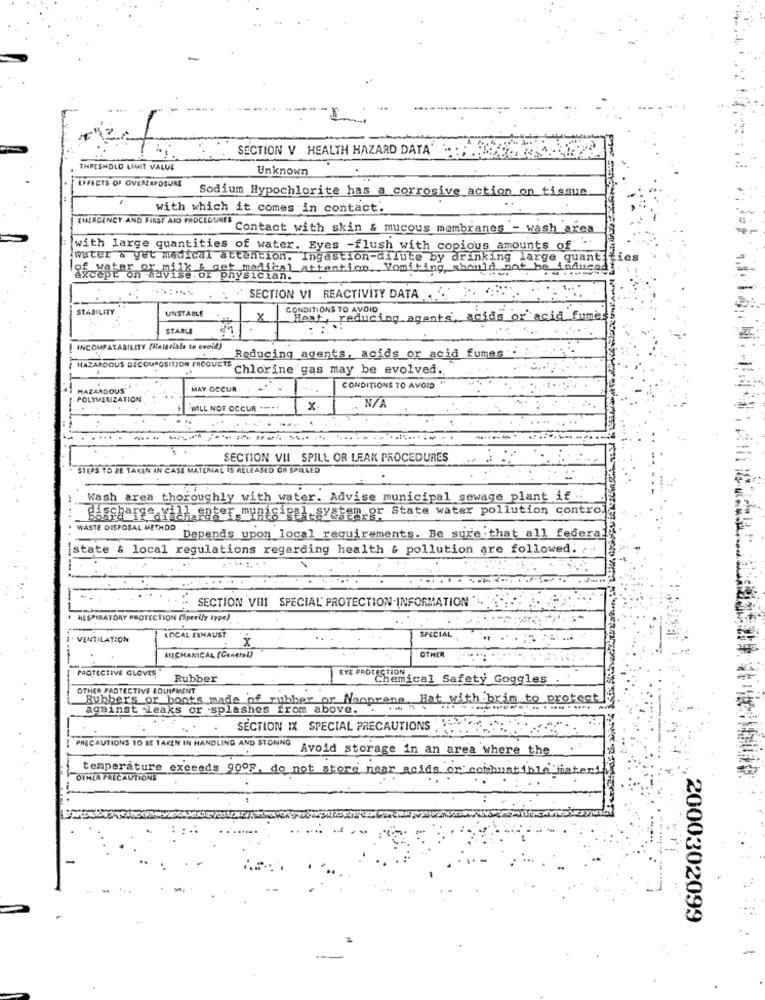
. ..
SECTION V HEALTH HAZARD DATA'
THRESHOLD LIMIT VALUE
Unknown
EFFECTS OF OVEALAPOSURE
Sodium Hypochlorite has a corrosive action on tissue
..
with which it comes in contact.
IULAGENCY AND FIRST AID MOCLOURES
" Contact with skin & mucous membranes - wash area
with large quantities of water. Eyes -flush with copious amounts of"
water & get medical attention. Ingestion-dilute by drinking large quant:
of water or milk & get medical attention. Vomiting, should not he
except on advise. or physician.
SECTION VI REACTIVITY DATA .. ... .
STABIL
CONDITIONS TO AVOID
UNSTABLE
8
Heat, reducing agents, acids or acid fume
STABLE
INCOMPATABILITY (Hararials to eveld)
HAZARDOUS DECOMPOSITION PRODUCTS
Reducing agents, acids or acid fumes
.
Chlorine gas may be evolved ..
HAZARDOUS
MAY OCCUR
CONDITIONS TO AVOID
POLYMERIZATION
WILL NOT OCCUR *-***
x
SECTION VII SPILL OR LEAK PROCEDURES
STEPS TO BE TAKEN IN CASE MATERIAL IS RELEASED OR SPILLED
Wash area thoroughly with water. Advise municipal sewage plant if ..
Bascharge Yill.moter mynigigal system,or State water pollution contro.
WASTE DISPOSAL METHOD
Depends upon_local_requirements. Be sure that all federa
istate & local regulations regarding health & pollution are followed. ..
SECTION VIII SPECIAL PROTECTION-INFORMATION ".
RESPIRATORY PROTECTION (Specify 47P5)
VENTILATION
LOCAL EXHAUST
x
SPECIAL
ANCHANICAL (General)
OTHER
PROTECTIVE GLOVES "
Rubber
EYE PROT@Temical Safety Goggles
OTHER PADTECTIVE EQUIPMENT
Rubbers or boots made of rubber or Neoprene. Hat with brim to protect
against leaks or splashes from above ..
SECTION IX SPECIAL PRECAUTIONS ."
PRECAUTIONS TO BE TAKEN IN HANDLING AND STOMNG
Avoid storage in an area where the
temperature exceeds 90ºF. do not store near acids or combustible fiateri
OTHEA PRECAUTIONE
-
2000302099